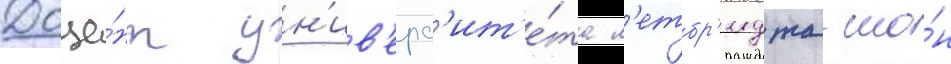
Доце́нт ун'ив'ерс'ит'е́та л'етбр'иджа шо́н